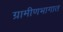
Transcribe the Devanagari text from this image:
ग्रामीणभागात